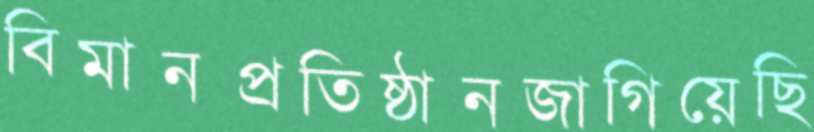
বিমানপ্রতিষ্ঠানজাগিয়েছি